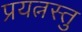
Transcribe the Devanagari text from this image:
प्रयत्नस्तु